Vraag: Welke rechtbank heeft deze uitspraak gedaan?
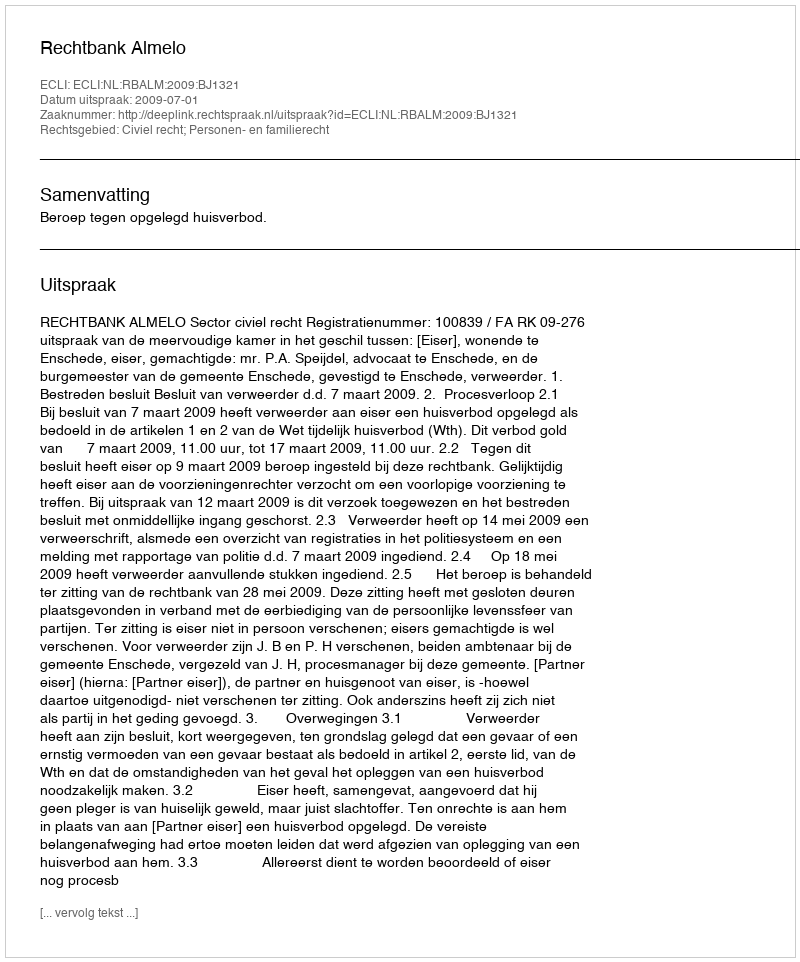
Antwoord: Rechtbank Almelo